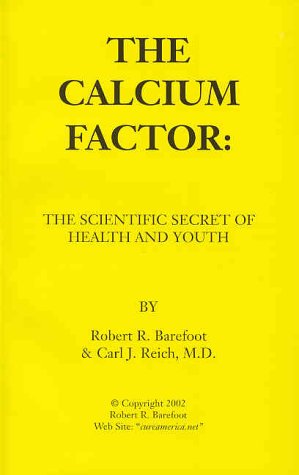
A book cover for The Calcium Factor: The Scientific Secret of Health and Youth; Robert R. Barefoot; Health, Fitness & Dieting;